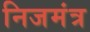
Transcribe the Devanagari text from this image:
निजमंत्र